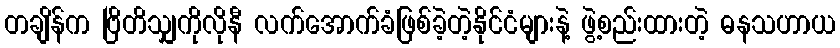
တချိန်က ဗြိတိသျှကိုလိုနီ လက်အောက်ခံဖြစ်ခဲ့တဲ့နိုင်ငံများနဲ့ ဖွဲ့စည်းထားတဲ့ ဓနသဟာယ